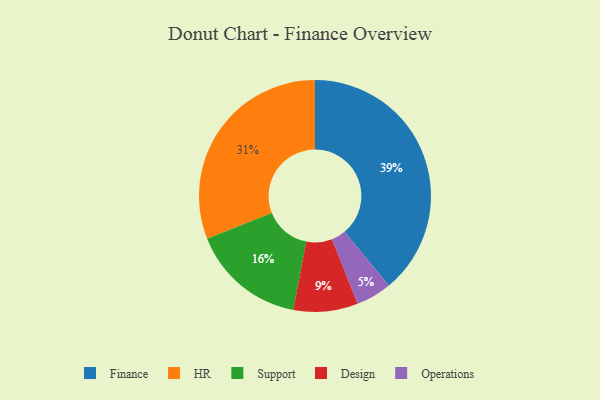
{"axis": {"x": "Category", "y": "Percentage"}, "legend": ["Design", "Finance", "HR", "Operations", "Support"], "data": [{"x": "Support", "y": 16, "type": "Support"}, {"x": "HR", "y": 31, "type": "HR"}, {"x": "Operations", "y": 5, "type": "Operations"}, {"x": "Design", "y": 9, "type": "Design"}, {"x": "Finance", "y": 39, "type": "Finance"}]}